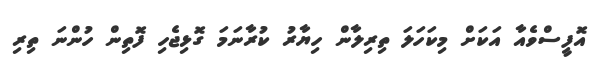
އޮފީސްވެއާ އަކަށް މިކަހަލަ ތިރިލާން ހިޔާރު ކުރާނަމަ ގޮޅިޖެހި ފޮތިން ހުންނަ ތިރި